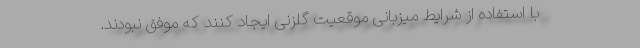
با استفاده از شرایط میزبانی موقعیت گلزنی ایجاد کنند که موفق نبودند.